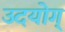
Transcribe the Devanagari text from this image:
उदयोग्